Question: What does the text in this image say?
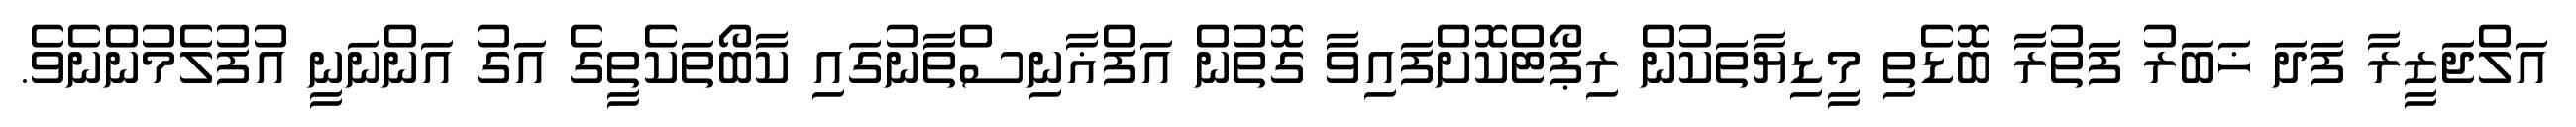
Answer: އަލްޖަޒީރާ ފަދަ ޚަބަރު ފަތުރާ ބޮޑެތި މީޑިޔާތަކުން ރިޕޯޓްކޮށްފައިވާ ގޮތުން އަފްޣާނިސްތާނުގައި ކާބޯތަކެތީގެ އަގު އަންނަނީ އުފުލެމުންނެވެ.